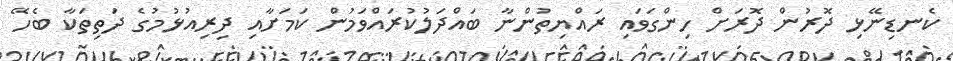
ކެނޑިނޭޅި ދޮރުން ދޮރަށް ހިންގަވައި ރައްޔިތުންނާ ބައްދަލުކުރައްވަމުން ކަމަށާއި ދިރިއުޅުމުގެ ދަތިތަކާ ބެހޭ